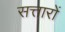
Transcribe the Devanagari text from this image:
सत्तारों